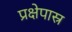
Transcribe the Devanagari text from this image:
प्रक्षेपास्र